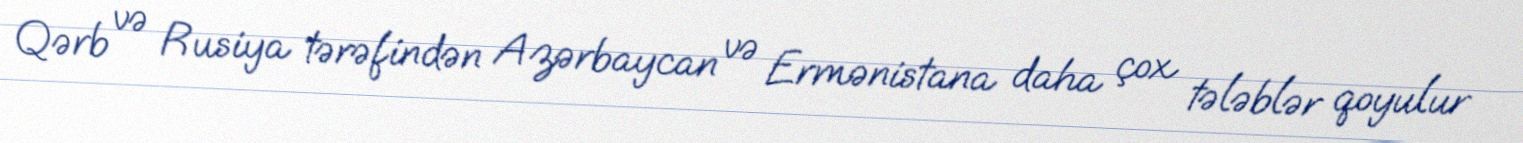
Qərb və Rusiya tərəfindən Azərbaycan və Ermənistana daha çox tələblər qoyulur